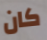
كان